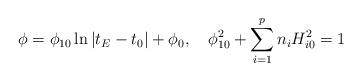
LaTeX: \begin{align*}\phi =\phi _{10}\ln \left| t_E-t_0\right| +\phi _0,\quad \phi_{10}^2+\sum_{i=1}^pn_iH_{i0}^2=1 \end{align*}